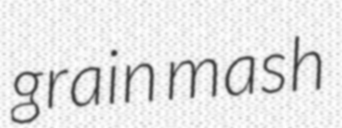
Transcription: grain mash